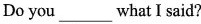
Do you___what I said?